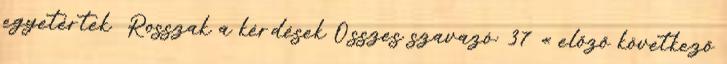
egyetértek Rosszak a kérdések Összes szavazó: 37 « előző következő